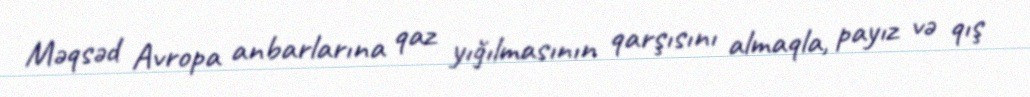
Məqsəd Avropa anbarlarına qaz yığılmasının qarşısını almaqla, payız və qış